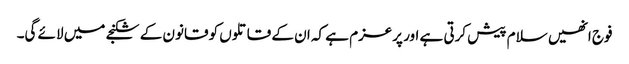
فوج انھیں سلام پیش کرتی ہے اور پرعزم ہے کہ ان کے قاتلوں کو قانون کے شکنجے میں لائے گی۔